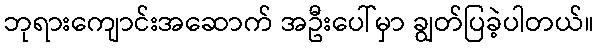
ဘုရားကျောင်းအဆောက် အဦးပေါ်မှာ ချွတ်ပြခဲ့ပါတယ်။